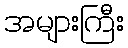
အများကြီး